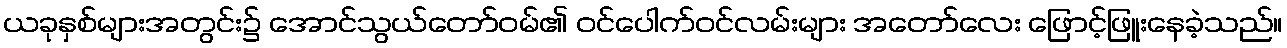
ယခုနှစ်များအတွင်း၌ အောင်သွယ်တော်ဝမ်၏ ဝင်ပေါက်ဝင်လမ်းများ အတော်လေး ဖြောင့်ဖြူးနေခဲ့သည်။